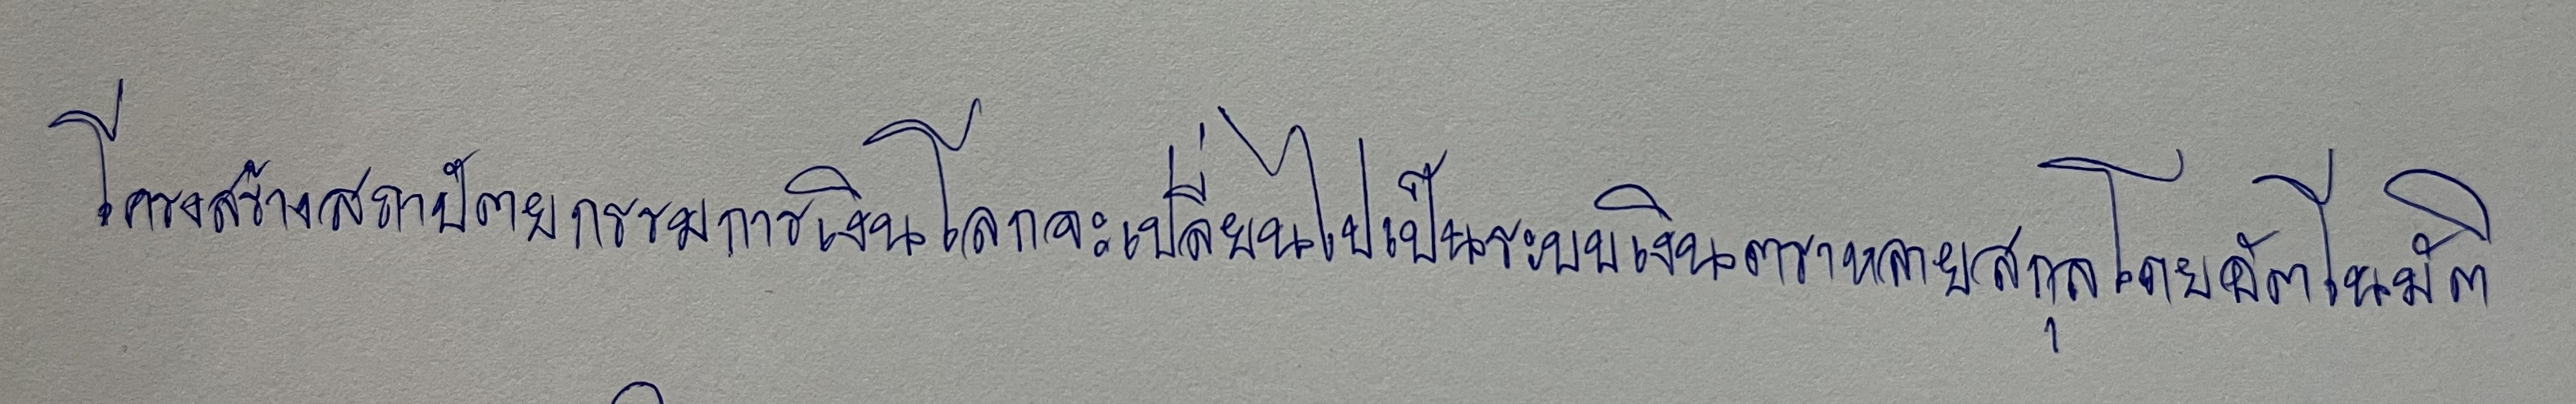
โครงสร้างสถาปัตยกรรมการเงินโลกจะเปลี่ยนไปเป็นระบบเงินตราหลายสกุลโดยอัตโนมัติ